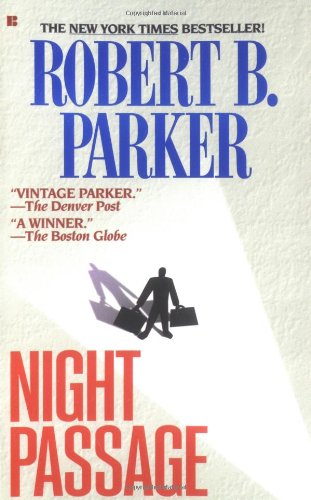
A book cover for Night Passage (Jesse Stone Novels); Robert B. Parker; Mystery, Thriller & Suspense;